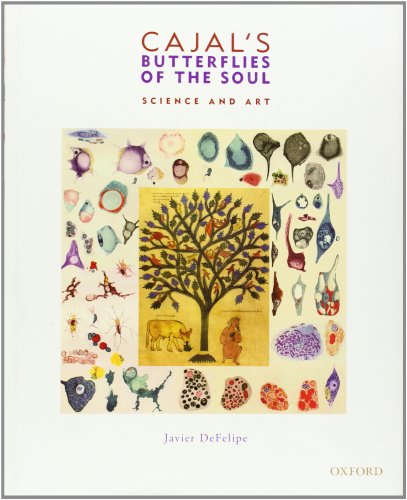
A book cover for Cajal's Butterflies of the Soul: Science and Art; Javier DeFelipe; Medical Books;